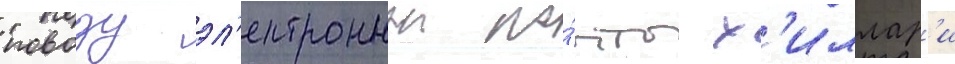
поводу эл'ектроннои по́чты х'иллар'и